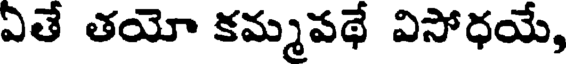
ఏతే తయో కమ్మవథే విసోధయే,